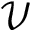
\mathcal { V }